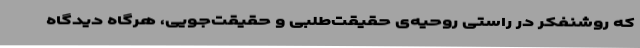
که روشنفکر در راستی روحیه‌ی حقیقت‌طلبی و حقیقت‌جویی، هرگاه دیدگاه